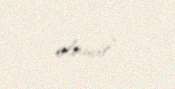
olunur”.